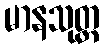
မာနသုတ္တ